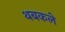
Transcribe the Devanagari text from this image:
थबकले